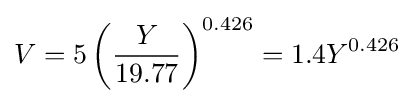
V=5\left({\frac {Y}{19.77}}\right)^{0.426}=1.4Y^{0.426}